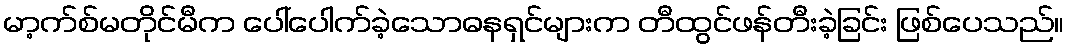
မာ့က်စ်မတိုင်မီက ပေါ်ပေါက်ခဲ့သောဓနရှင်များက တီထွင်ဖန်တီးခဲ့ခြင်း ဖြစ်ပေသည်။